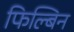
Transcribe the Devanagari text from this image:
फिल्बिन